Note on the mental hospitals in Burma - 1925-1940
Year: 1925
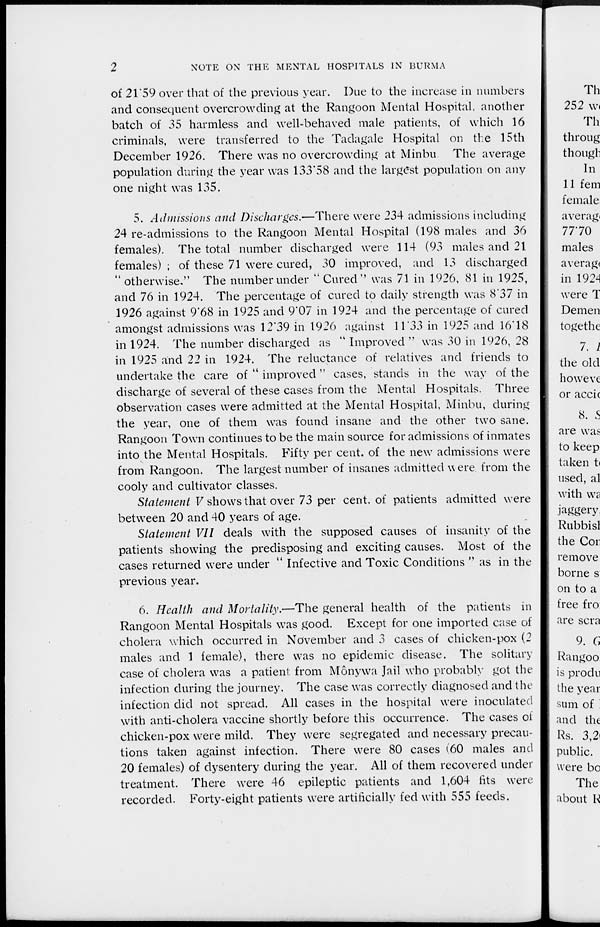
2
NOTE ON THE MENTAL HOSPITALS IN BURMA
of 21.59 over that of the previous year. Due to the increase in numbers
and consequent overcrowding at the Rangoon Mental Hospital, another
batch of 35 harmless and well-behaved male patients, of which 16
criminals, were transferred to the Tadagale Hospital on the 15th
December 1926. There was no overcrowding at Minbu. The average
population during the year was 133.58 and the largest population on any
one night was 135.
5. Admissions and Discharges.—There were 234 admissions including
24 re-admissions to the Rangoon Mental Hospital (198 males and 36
females). The total number discharged were 114 (93 males and 21
females) ; of these 71 were cured, 30 improved, and 13 discharged
" otherwise." The number under "Cured" was 71 in 1926, 81 in 1925,
and 76 in 1924. The percentage of cured to daily strength was 8.37 in
1926 against 9.68 in 1925 and 9.07 in 1924 and the percentage of cured
amongst admissions was 12.39 in 1926 against 11.33 in 1925 and 16.18
in 1924. The number discharged as " Improved " was 30 in 1926, 28
in 1925 and 22 in 1924. The reluctance of relatives and friends to
undertake the care of " improved" cases, stands in the way of the
discharge of several of these cases from the Mental Hospitals. Three
observation cases were admitted at the Mental Hospital, Minbu, during
the year, one of them was found insane and the other two sane.
Rangoon Town continues to be the main source for admissions of inmates
into the Mental Hospitals. Fifty per cent. of the new admissions were
from Rangoon. The largest number of insanes admitted were from the
cooly and cultivator classes.
Statement V shows that over 73 per cent. of patients admitted were
between 20 and 40 years of age.
Statement VII deals with the supposed causes of insanity of the
patients showing the predisposing and exciting causes. Most of the
cases returned were under " Infective and Toxic Conditions " as in the
previous year.
6. Health and Mortality.—The general health of the patients in
Rangoon Mental Hospitals was good. Except for one imported case of
cholera which occurred in November and 3 cases of chicken-pox (2
males and 1 female), there was no epidemic disease. The solitary
case of cholera was a patient from Mônywa Jail who probably got the
infection during the journey. The case was correctly diagnosed and the
infection did not spread. All cases in the hospital were inoculated
with anti-cholera vaccine shortly before this occurrence. The cases of
chicken-pox were mild. They were segregated and necessary precau-
tions taken against infection. There were 80 cases (60 males and
20 females) of dysentery during the year. All of them recovered under
treatment. There were 46 epileptic patients and 1,604 fits were
recorded. Forty-eight patients were artificially fed with 555 feeds.